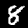
Label: 8